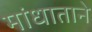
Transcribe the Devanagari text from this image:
मांधाताने